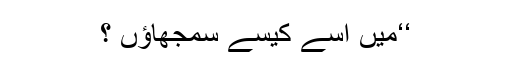
‘‘میں اسے کیسے سمجھاؤں ؟